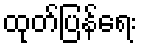
ထုတ်ပြန်ရေး